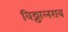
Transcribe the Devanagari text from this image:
विठ्ठालराव